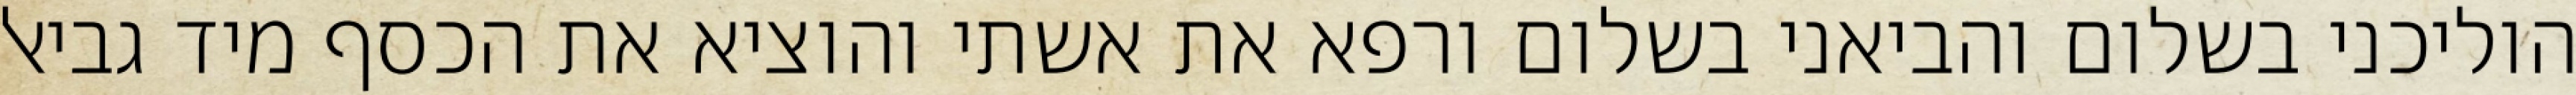
הוליכני בשלום והביאני בשלום ורפא את אשתי והוציא את הכסף מיד גביאל